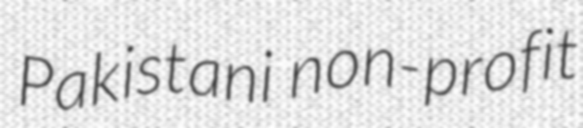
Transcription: Pakistani non-profit